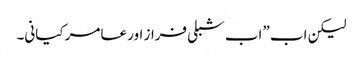
لیکن اب ”اب شبلی فراز اور عامر کیانی۔